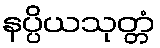
နပ္ပိယသုတ္တံ